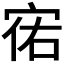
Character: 𫳌